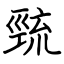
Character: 巰